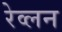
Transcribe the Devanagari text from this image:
रेव्लन